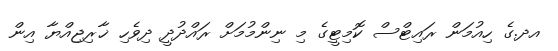
އދ.ގެ ހިއުމަން ރައިޓްސް ކޮމިޓީގެ މި ނިންމުމަށް ރައްދުދީ ދިވެހި ޚާރިޖިއްޔާ އިން